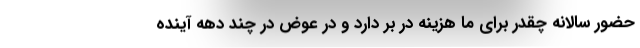
حضور سالانه چقدر برای ما هزینه در بر دارد و در عوض در چند دهه آینده